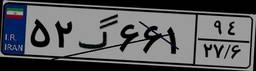
۵۲گ۶۶۱۹۴